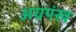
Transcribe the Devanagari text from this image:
अग्रपंख